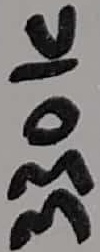
Text: 330K